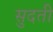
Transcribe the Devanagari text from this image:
सुदती